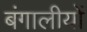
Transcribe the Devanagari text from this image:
बंगालीयों